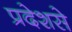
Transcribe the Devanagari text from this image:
प्रदेशसे